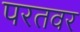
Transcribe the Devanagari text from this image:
परतवर